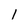
Character: 1